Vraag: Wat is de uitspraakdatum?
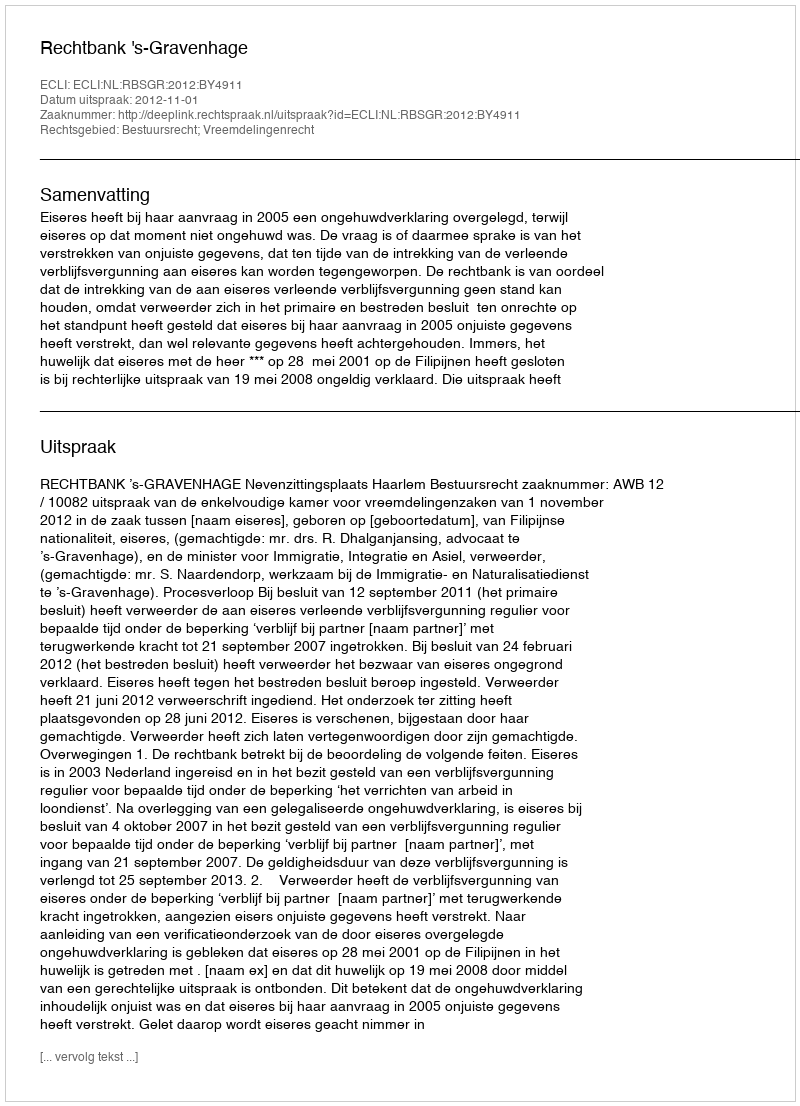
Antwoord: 2012-11-01